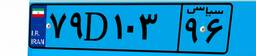
۸۱D۹۸۶۷۲